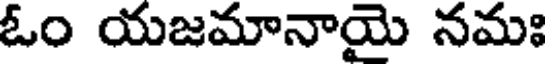
ఓం యజమానాయై నమః